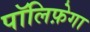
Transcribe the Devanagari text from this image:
पॉलिफ़ेगा